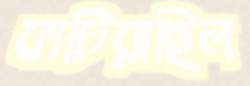
ফাটিয়াছিল